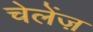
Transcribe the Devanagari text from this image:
चेलेंज़